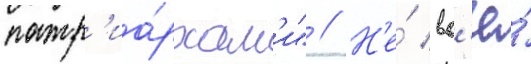
патр'иа́рхам'и" // Н'е́ вс'ё́